65_HS1-834228961_62-HQ-83894_Serial_130
Agency: FBI
Page 62
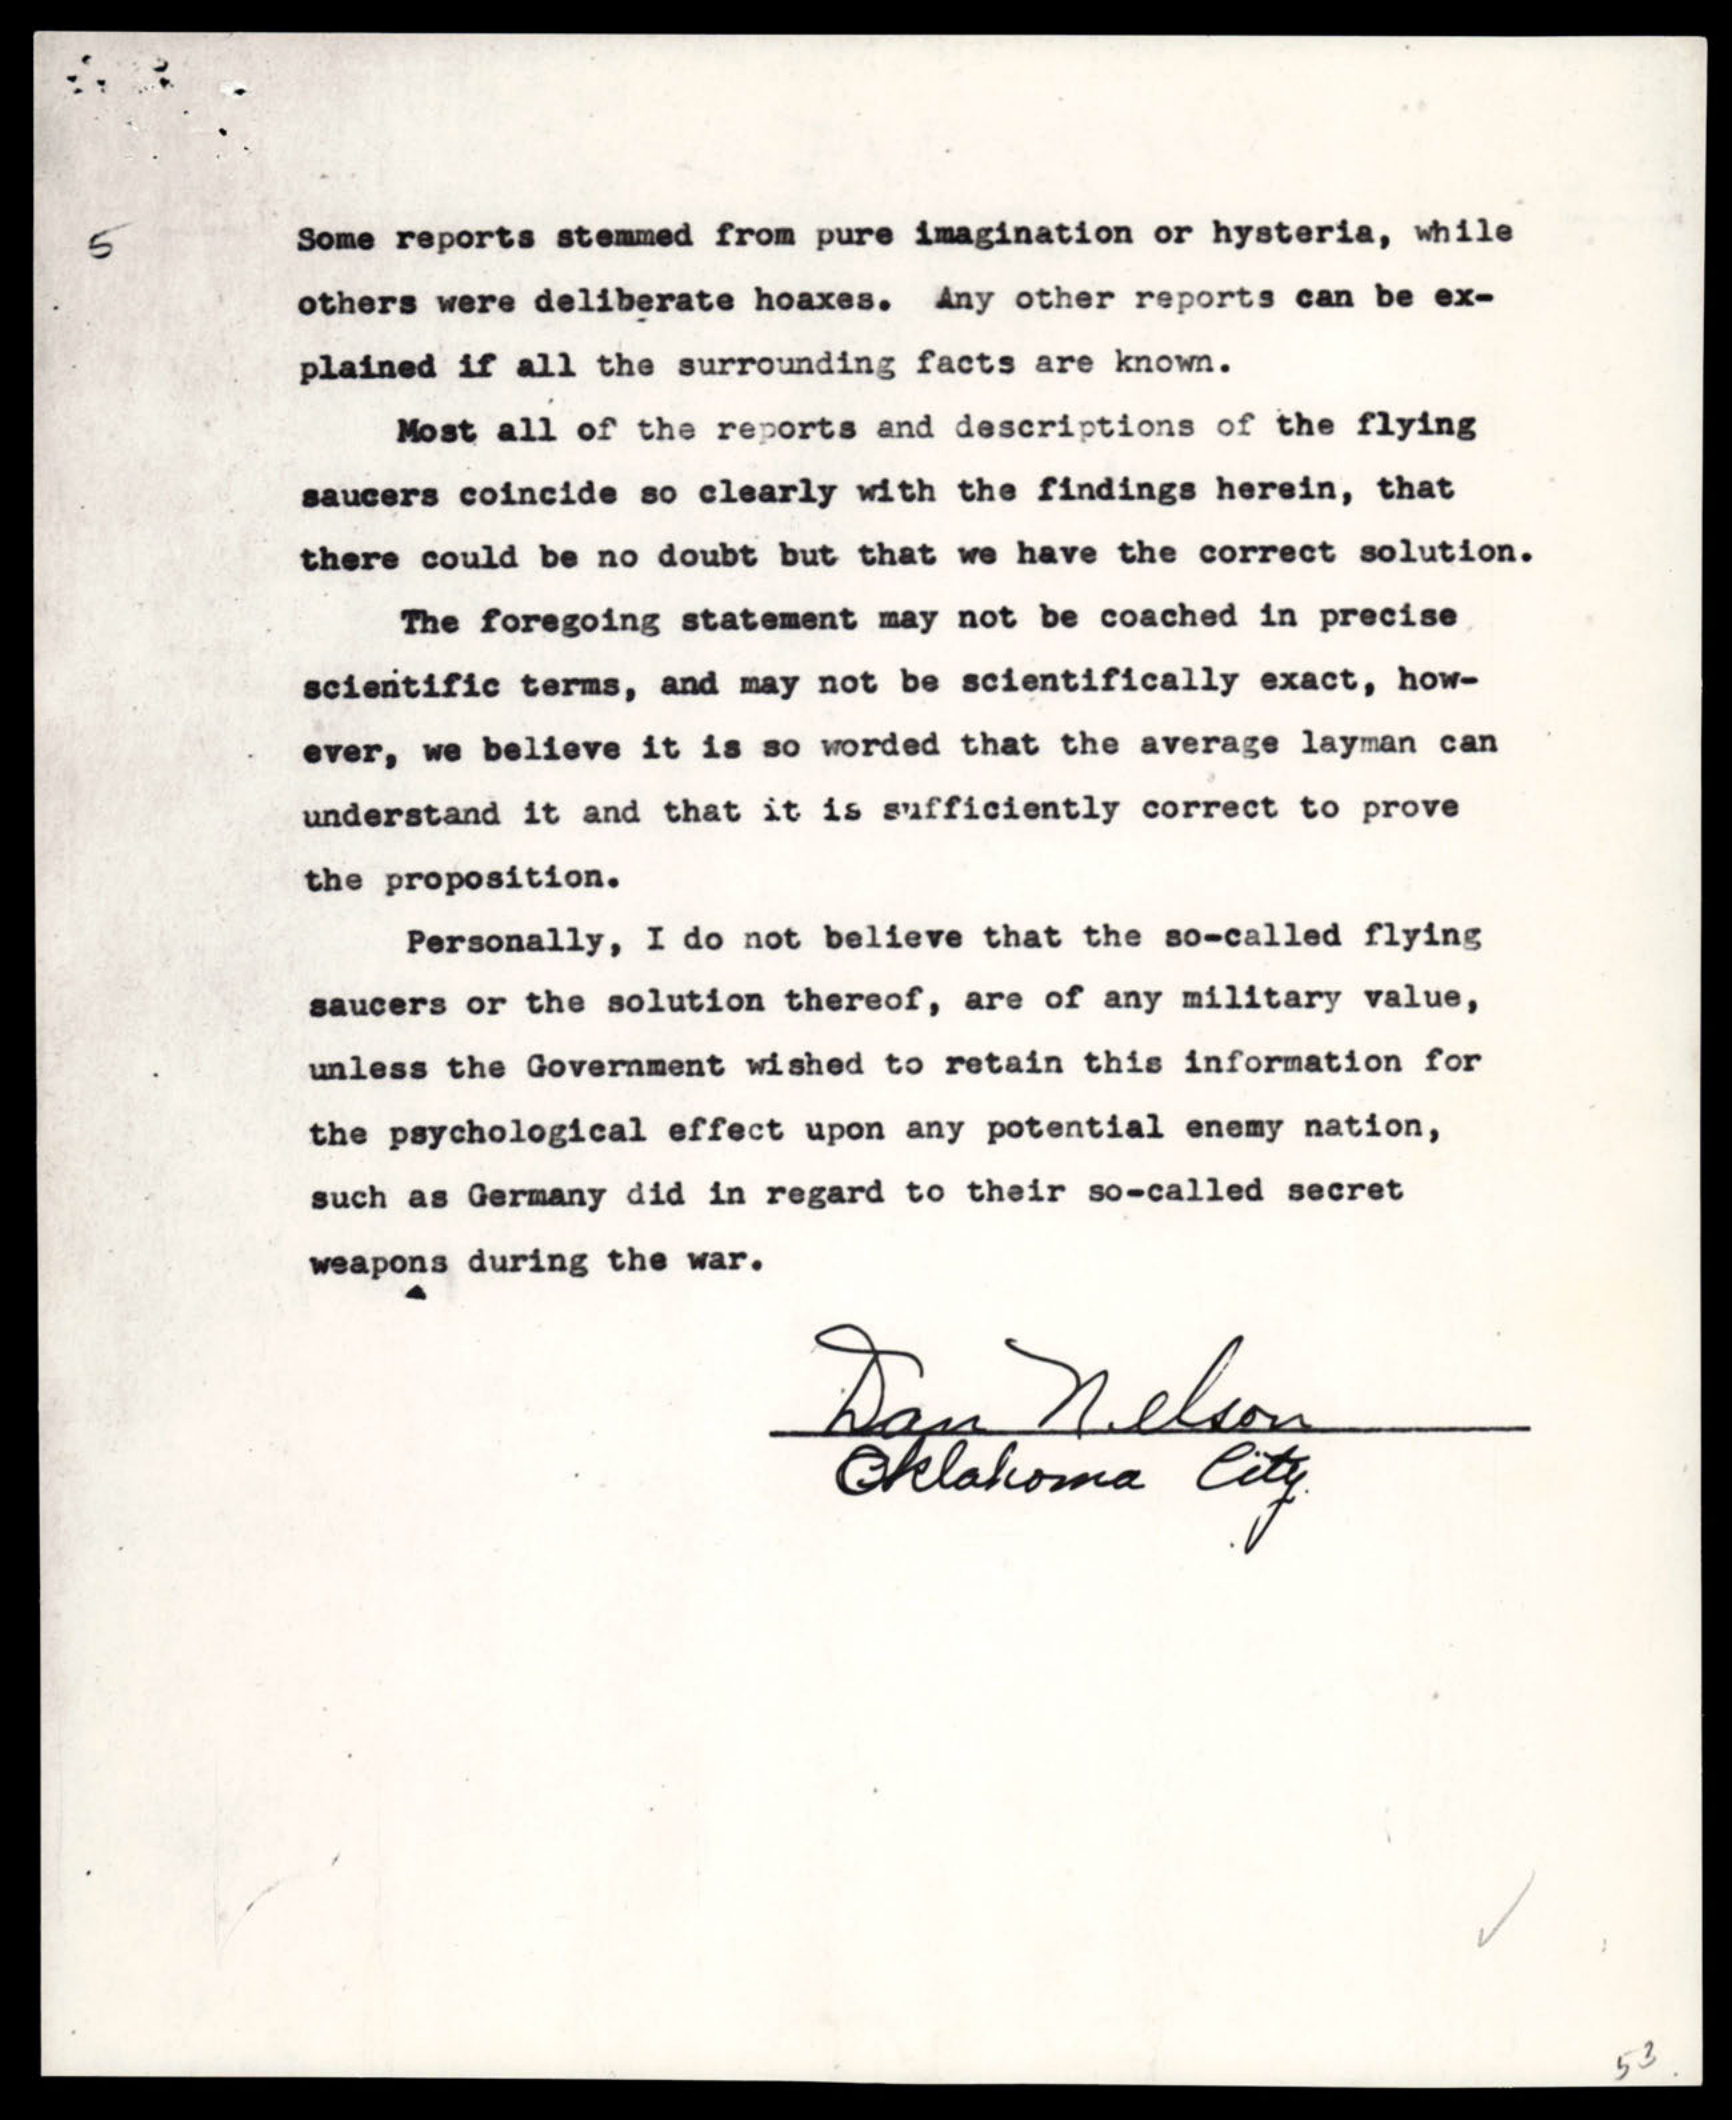